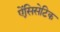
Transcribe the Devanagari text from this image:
ऐंसिसेटिक